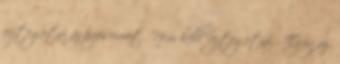
rejtegetni az érzéseimet. Nem kell rejtegetni. - Ez igaz.